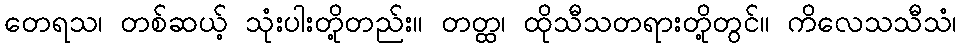
တေရသ၊ တစ်ဆယ့် သုံးပါးတို့တည်း။ တတ္ထ၊ ထိုသီသတရားတို့တွင်။ ကိလေသသီသံ၊